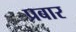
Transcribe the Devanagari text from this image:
प्रबार